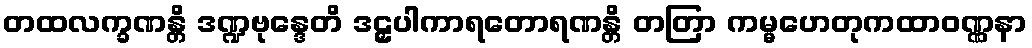
တထလက္ခဏန္တိ ဒဏ္ဍဗုန္ဒေတိ ဒဠှပါကာရတောရဏန္တိ တတြာ ကမ္မဟေတုကထာဝဏ္ဏနာ